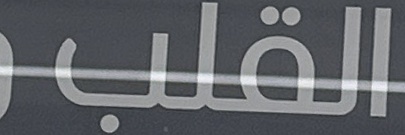
القلب